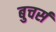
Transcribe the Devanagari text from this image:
बुचर्स